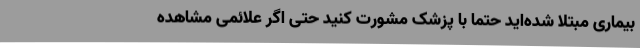
بیماری مبتلا شده‌اید حتماً با پزشک مشورت کنید حتی اگر علائمی مشاهده